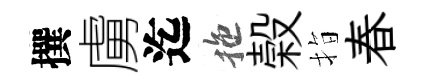
撰虜迄拖榖指春